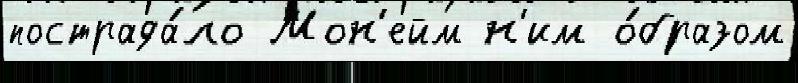
пострада́ло Мон'ейм н'им о́бразом